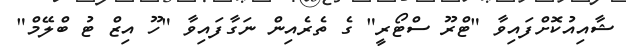
ޝާއިއުކޮށްފައިވާ "ޓްރޫ ސްޓޯރީ" ގެ ތެރެއިން ނަގާފައިވާ "ހޫ އިޒް ޓު ބްލޭމް"